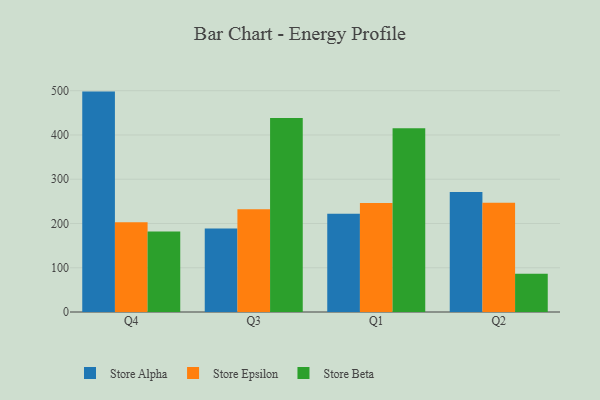
{"axis": {"x": "Quarter", "y": "Bounce Rate (%)"}, "legend": ["Store Alpha", "Store Beta", "Store Epsilon"], "data": [{"x": "Q4", "y": 498.0, "type": "Store Alpha"}, {"x": "Q4", "y": 203.0, "type": "Store Epsilon"}, {"x": "Q4", "y": 181.8, "type": "Store Beta"}, {"x": "Q3", "y": 188.4, "type": "Store Alpha"}, {"x": "Q3", "y": 232.2, "type": "Store Epsilon"}, {"x": "Q3", "y": 438.5, "type": "Store Beta"}, {"x": "Q1", "y": 222.1, "type": "Store Alpha"}, {"x": "Q1", "y": 246.4, "type": "Store Epsilon"}, {"x": "Q1", "y": 415.1, "type": "Store Beta"}, {"x": "Q2", "y": 271.4, "type": "Store Alpha"}, {"x": "Q2", "y": 246.7, "type": "Store Epsilon"}, {"x": "Q2", "y": 86.4, "type": "Store Beta"}]}